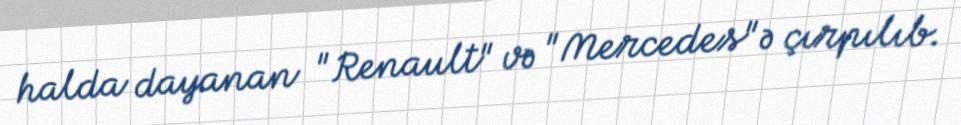
halda dayanan "Renault" və "Mercedes"ə çırpılıb.